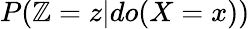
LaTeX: P(\mathbb{Z}=z|do(X=x))